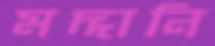
মদ্দানি